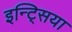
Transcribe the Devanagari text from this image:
इन्ट्सिया